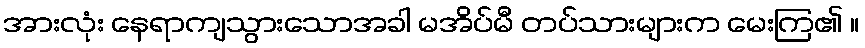
အားလုံး နေရာကျသွားသောအခါ မအိပ်မီ တပ်သားများက မေးကြ၏ ။